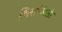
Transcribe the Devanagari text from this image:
विराजितो